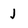
Character: J